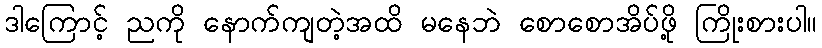
ဒါကြောင့် ညကို နောက်ကျတဲ့အထိ မနေဘဲ စောစောအိပ်ဖို့ ကြိုးစားပါ။